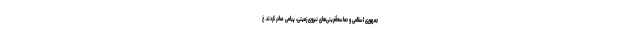
جمهوری اسلامی و حماسه‌آفرینی‌های نیروی زمینی، پیامی صادر کردند. خ